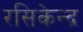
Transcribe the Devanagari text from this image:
रसिकेन्द्र